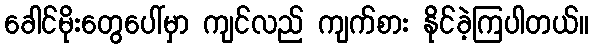
ခေါင်မိုးတွေပေါ်မှာ ကျင်လည် ကျက်စား နိုင်ခဲ့ကြပါတယ်။